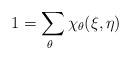
LaTeX: \begin{align*}1 = \sum_{\theta \ } \chi_\theta(\xi,\eta)\end{align*}